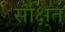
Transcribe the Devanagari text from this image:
संक्षि्त